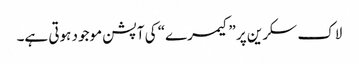
لاک سکرین پر ”کیمرے“ کی آپشن موجود ہوتی ہے۔